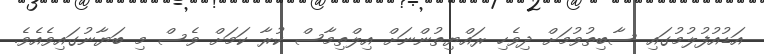
އަޑުއުފުލުމުގައި ސާބިތުވުމަށް ދިވެހި ރައްޔިތުންނަށް އިލްތިމާސް ކުރާ ކަމަށް ވެސް މި ބަޔާނުގައިވެއެވެ.